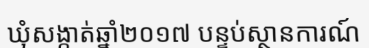
ឃុំសង្កាត់ឆ្នាំ២០១៧ បន្ទប់ស្ថានការណ៍